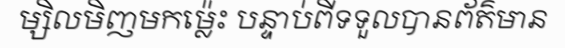
ម្សិលមិញមកម្ល៉េះ បន្ទាប់ពីទទួលបានព័ត៌មាន